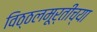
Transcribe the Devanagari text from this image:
विठ्ठलमूर्तीच्या